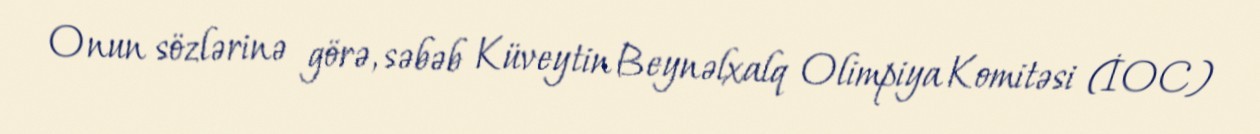
Onun sözlərinə görə, səbəb Küveytin Beynəlxalq Olimpiya Komitəsi (İOC)